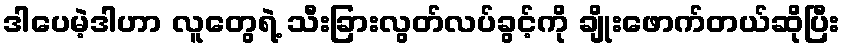
ဒါပေမဲ့ဒါဟာ လူတွေရဲ့ သီးခြားလွတ်လပ်ခွင့်ကို ချိုးဖောက်တယ်ဆိုပြီး